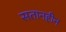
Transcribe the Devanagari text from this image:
सतानहीन